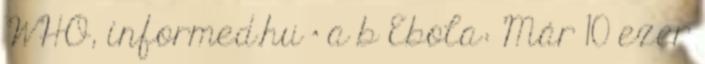
WHO, informed.hu ^ a b Ebola: Már 10 ezer